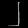
Digit: ၂